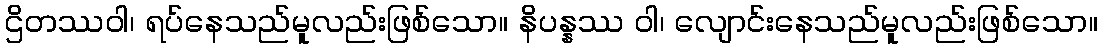
ဌိတဿဝါ၊ ရပ်နေသည်မူလည်းဖြစ်သော။ နိပန္နဿ ဝါ၊ လျောင်းနေသည်မူလည်းဖြစ်သော။